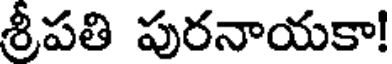
శ్రీపతి పురనాయకా!